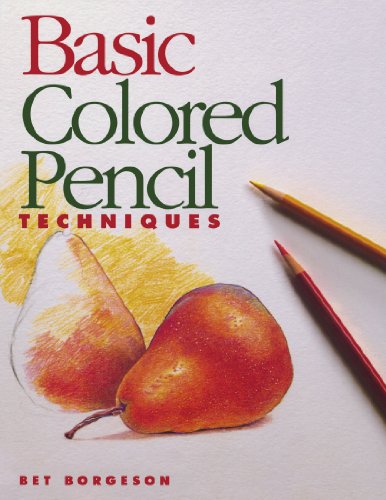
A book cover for Basic Colored Pencil Techniques (Basic Techniques); Bet Borgeson; Arts & Photography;